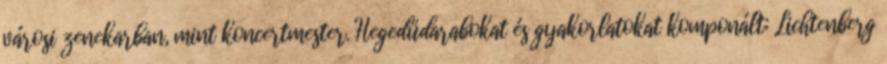
városi zenekarban, mint koncertmester. Hegedűdarabokat és gyakorlatokat komponált; Lichtenberg